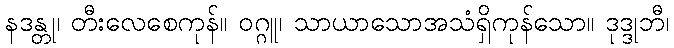
နဒန္တု၊ တီးလေစေကုန်။ ဝဂ္ဂူ၊ သာယာသောအသံရှိကုန်သော။ ဒုဒ္ဒုဘီ၊